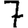
Digit: 7